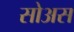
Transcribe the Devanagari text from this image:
सोअस